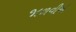
જાળવીએ